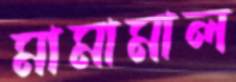
মামামাল